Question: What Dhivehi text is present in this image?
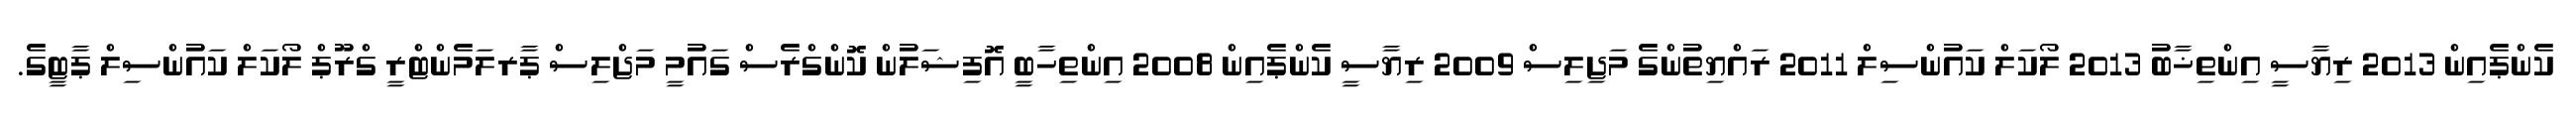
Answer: ކެންޕެއިން 2013 ރިޔާސީ އިންތިޚާބު 2013 ލޯކަލް ކައުންސިލް 2011 ރައްޔިތުންގެ މަޖިލިސް 2009 ރިޔާސީ ކެންޕެއިން 2008 އިންތިހާބީ އޮފިޝަލުން ކޮންގްރެސް ގައުމީ މަޖްލިސް ޕާރލަމެންޓްރީ ގްރޫޕް ލޯކަލް ކައުންސިލް ޕާޓީގެ.